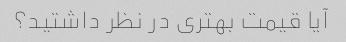
آیا قیمت بهتری در نظر داشتید؟